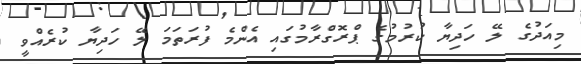
މިއަދުގެ ލޭ ހަދިޔާ ކުރުމުގެ ޕްރޮގްރާމުގައި އެންމެ ފުރަތަމަ ލޭ ހަދިޔާ ކުރެއްވީ